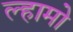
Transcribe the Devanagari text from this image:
ल्हामो